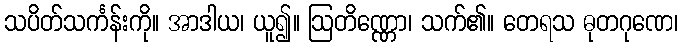
သပိတ်သင်္ကန်းကို။ အာဒါယ၊ ယူ၍။ ဩတိဏ္ဏော၊ သက်၏။ တေရသ ဓုတဂုဏေ၊